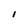
Character: I